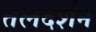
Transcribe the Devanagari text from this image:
तलदर्शन